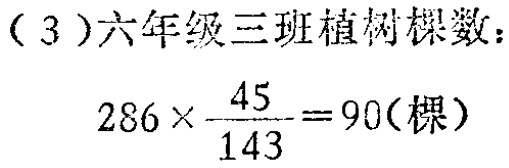
（3）六年级三班植树棵数：

\[

286\times\frac{45}{143}=90(\text{棵})

\]